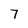
Character: 7